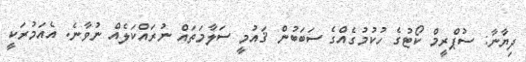
ދިޔާނާ: ސުޕްރީމް ކޯޓުގެ ހުކުމުގެއްގެ ސަބަބުން ޤައުމީ ސަލާމަތައް ނުރައްކަލެއް ނުވާނެ. އެއަމުރަކީ